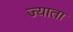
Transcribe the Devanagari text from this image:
ज्याता